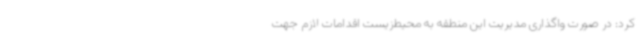
کرد: در صورت واگذاری مدیریت این منطقه به محیط‌زیست اقدامات لازم جهت